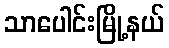
သာပေါင်းမြို့နယ်